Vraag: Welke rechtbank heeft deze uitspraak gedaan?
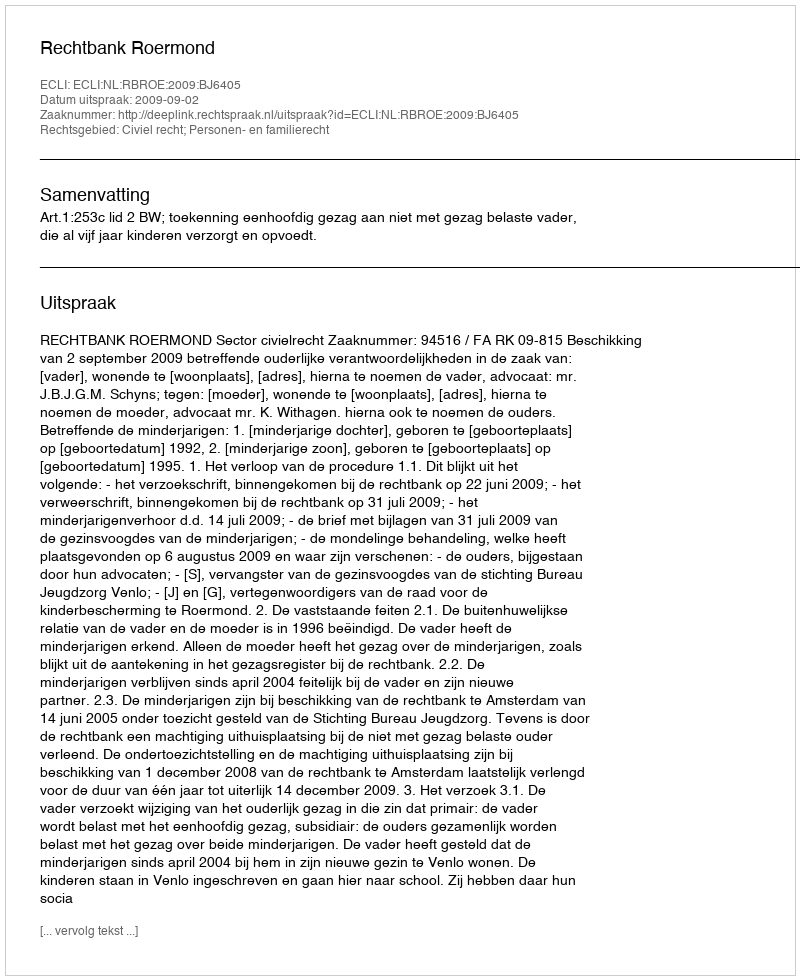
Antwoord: Rechtbank Roermond